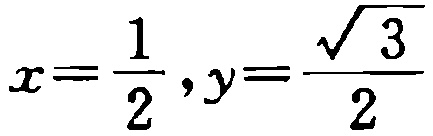
$x=\frac{1}{2},y=\frac{\sqrt{3}}{2}$